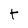
Character: t